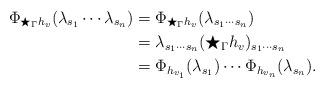
LaTeX: \begin{align*}\Phi_{\bigstar_\Gamma h_v}(\lambda_{s_1}\cdots \lambda_{s_n}) &= \Phi_{\bigstar_\Gamma h_v}(\lambda_{s_1\cdots s_n}) \\&=\lambda_{s_1\cdots s_n} (\bigstar_\Gamma h_v)_{s_1\cdots s_n}\\&=\Phi_{h_{v_1}}(\lambda_{s_1}) \cdots \Phi_{h_{v_n}}(\lambda_{s_n}).\end{align*}